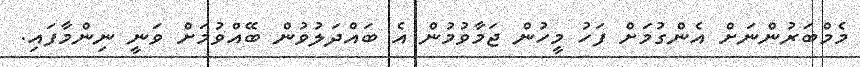
މެމްބަރުންނަށް އެންގުމަށް ފަހު މީހުން ޖަމާވުމުން އެ ބައްދަލުވުން ބޭއްވުމަށް ވަނީ ނިންމާފައި.